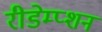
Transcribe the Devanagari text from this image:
रीडेम्प्शन